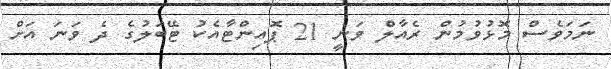
ނަމަވެސް މޮޅުވުމުން ރެއާލް ވަނީ 21 ޕޮއިންޓާއެކު ޓޭބަލުގެ ދެ ވަނަ އަށް